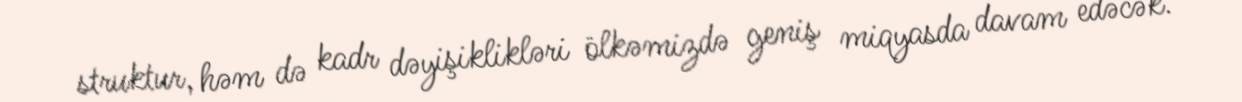
struktur, həm də kadr dəyişiklikləri ölkəmizdə geniş miqyasda davam edəcək.